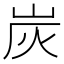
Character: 炭